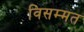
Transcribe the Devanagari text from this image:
विसम्मत